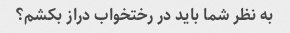
به نظر شما باید در رختخواب دراز بکشم؟